Annual administration report of the Civil Veterinary Department, Sind - 1942-1943
Year: 1942
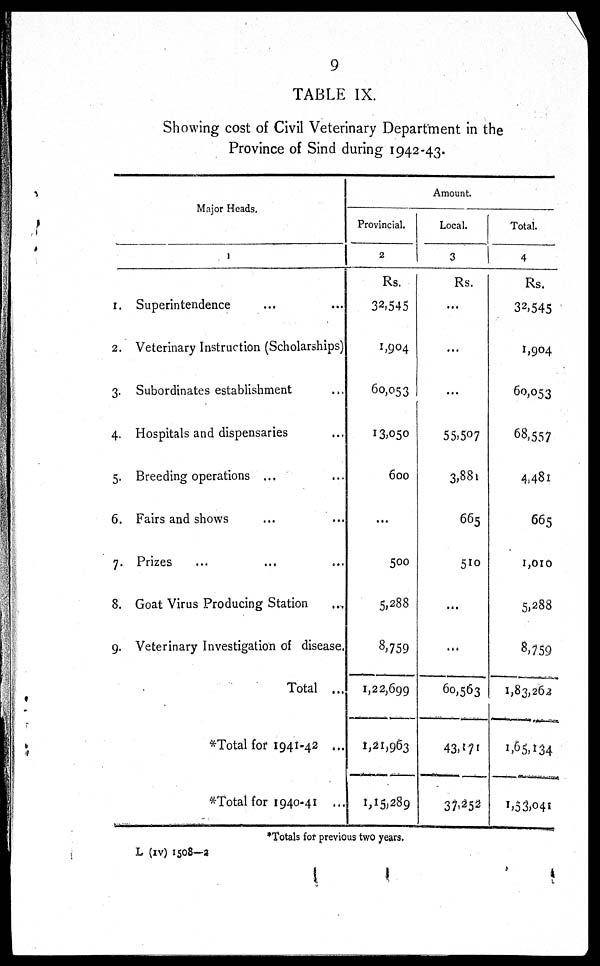
9
TABLE IX.
Showing cost of Civil Veterinary Department in the
Province of Sind during 1942-43.
Major Heads.
1.
2.
3.
4.
5.
6.
7.
8.
9.
1
Superintendence ... ...
Veterinary Instruction (Scholarships)
Subordinates establishment ...
Hospitals and dispensaries ...
Breeding operations ... ...
Fairs and shows ... ...
Prizes ... ... ...
Goat Virus Producing Station ...
Veterinary Investigation of disease.
Total ...
*Total for 1941-42 ...
*Total for 1940-41 ...
Amount.
Provincial.
2
Rs.
32,545
1,904
60,053
13,050
600
...
500
5,288
8,759
1,22,699
1,21,963
1,15,289
Local.
3
Rs.
...
...
...
55,507
3,881
665
510
...
...
60,563
43, 171
37,252
Total.
4
Rs.
32,545
1,904
60,053
68,557
4,481
665
1,010
5,288
8,759
1,83,262
1,65,134
1,53,041
*Totals for previous two years.
L (xv) 1508—2